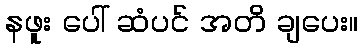
နဖူး ပေါ် ဆံပင် အတိ ချပေး။